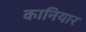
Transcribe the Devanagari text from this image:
कानियार